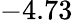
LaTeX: -4.73